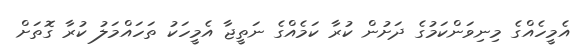
އެމީހެއްގެ މިނިވަންކަމުގެ ދަށުން ކުރާ ކަމެއްގެ ނަތީޖާ އެމީހަކު ތަހައްމަލު ކުރާ ގޮތަށް